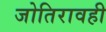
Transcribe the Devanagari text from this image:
जोतिरावही